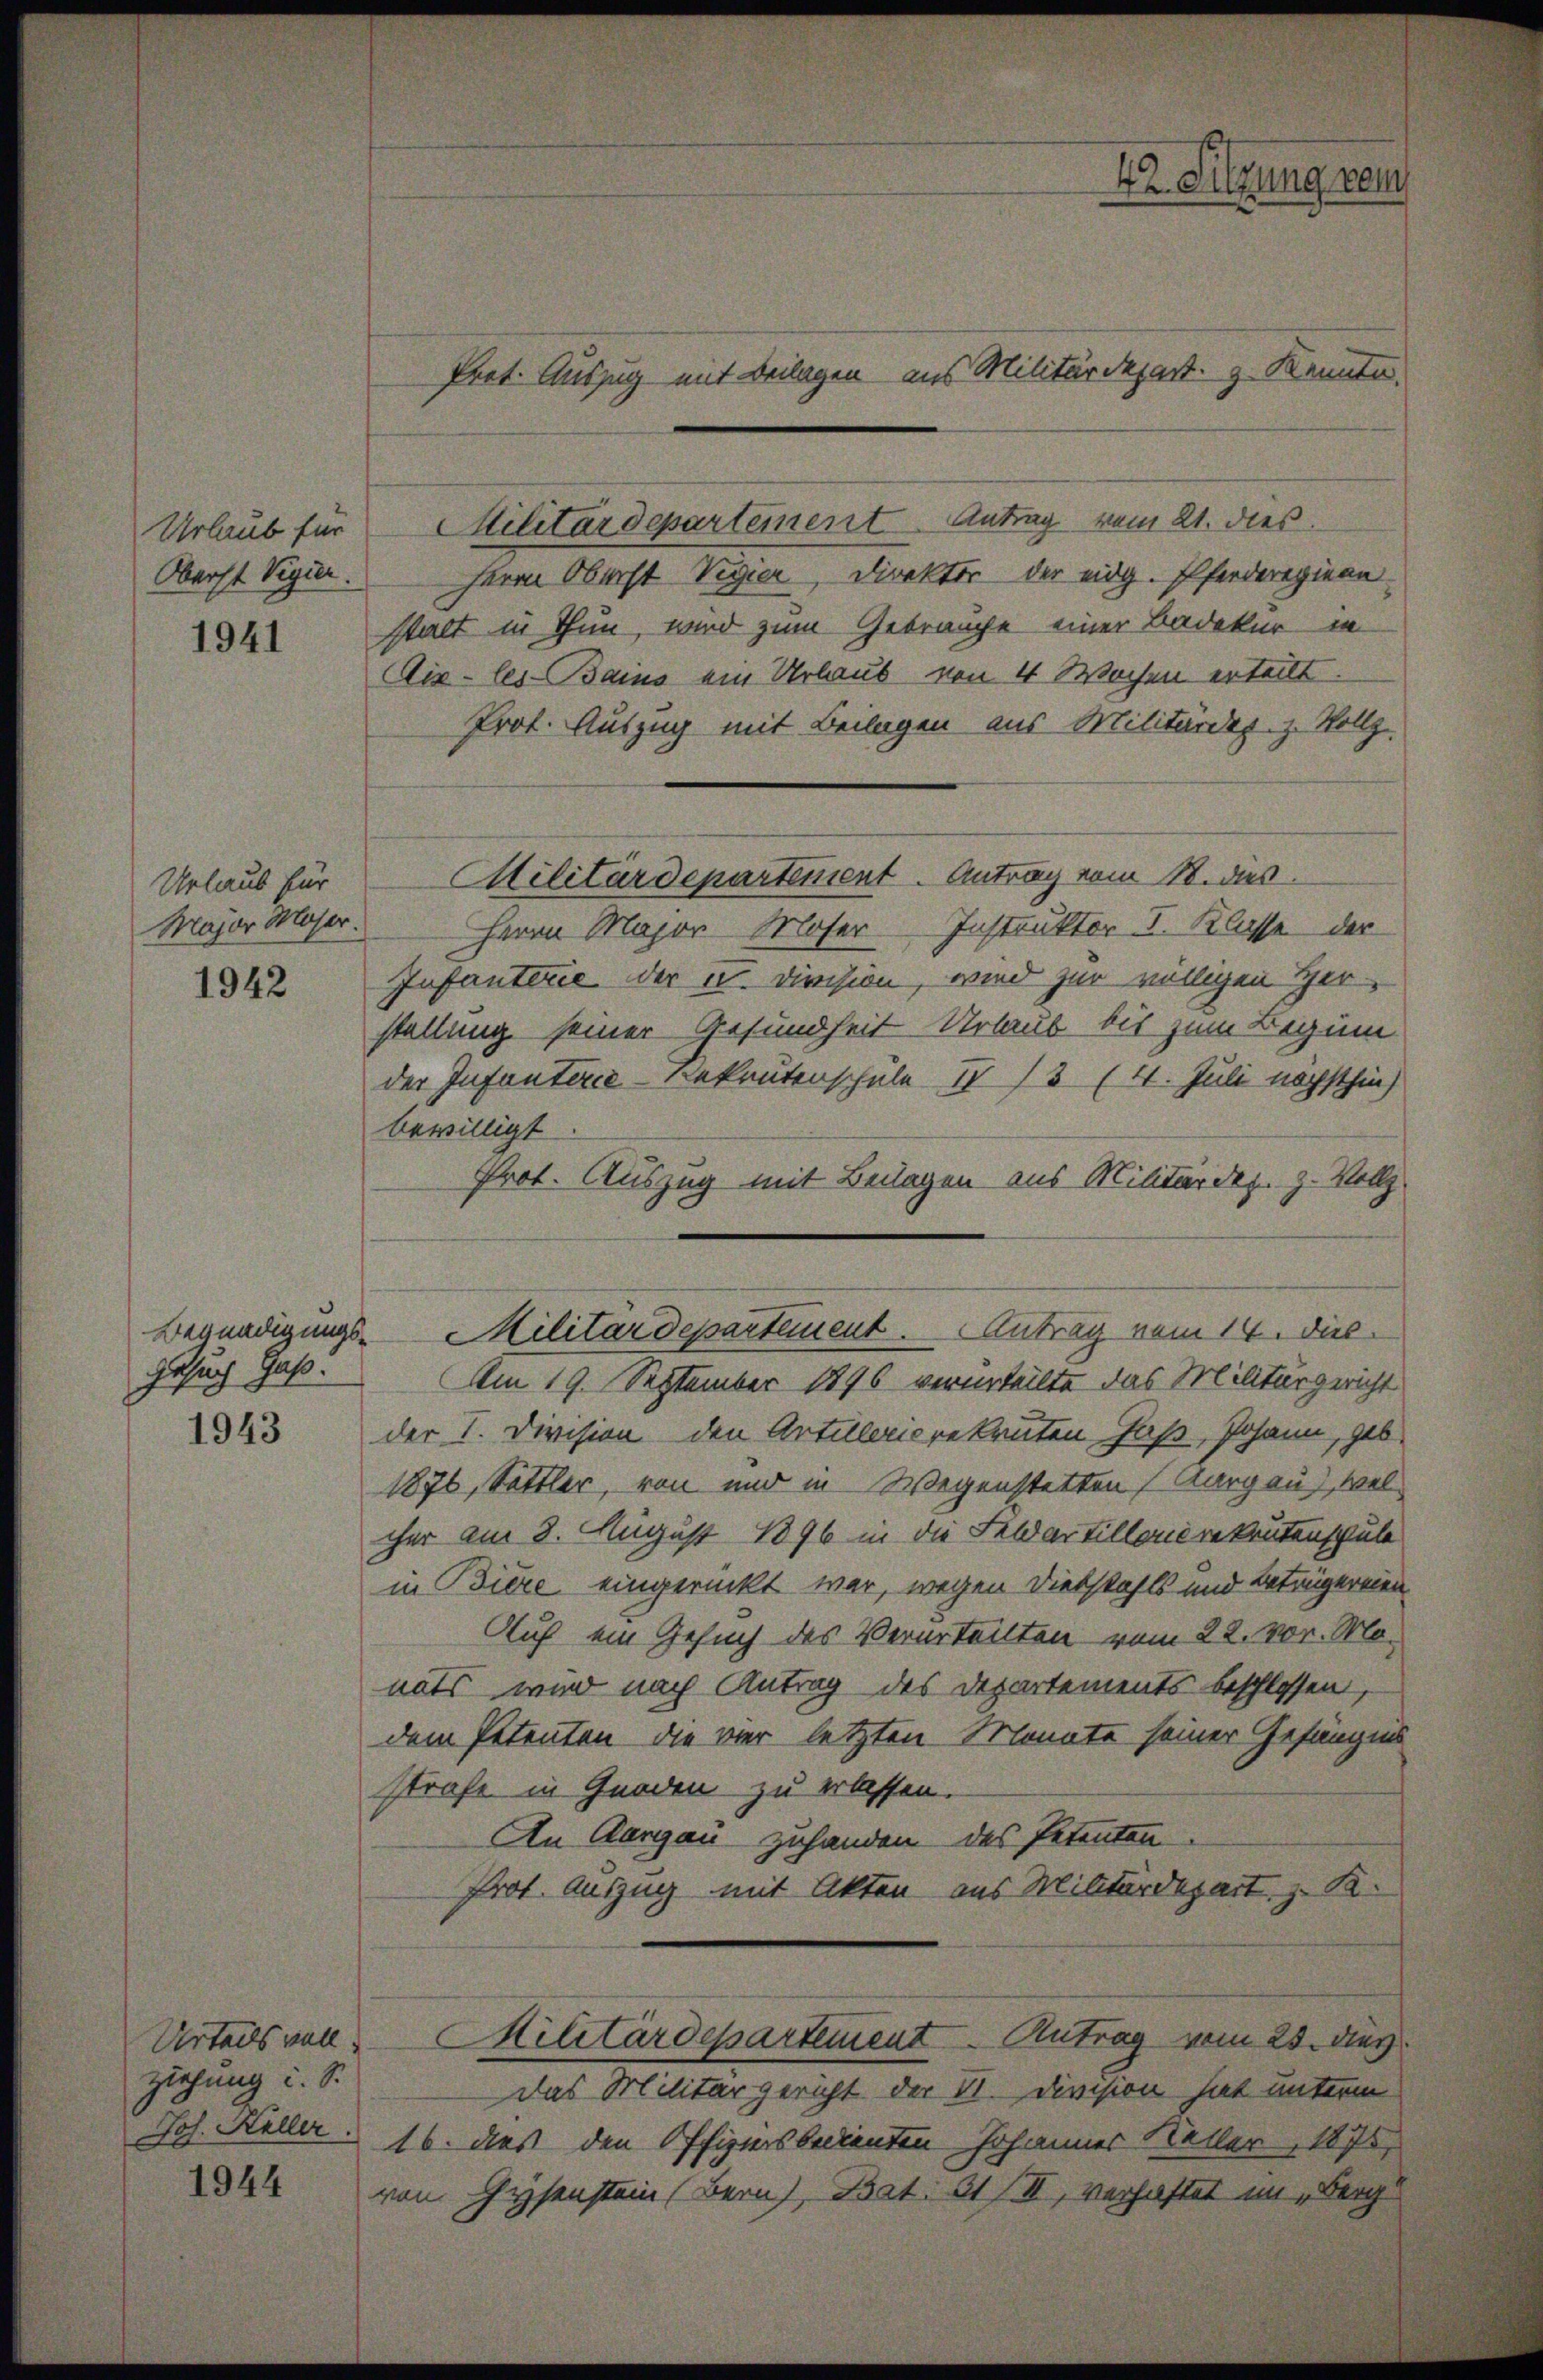
Oberst Vigier.

1941

Urlaub für
Major Moser.
1942

Gesuch Gaß:
1943

ziehung i. S.

1944

Urlaub für Militärdepartement Antrag vom 21. dies
Herrn Oberst Vigier, Direktor der eidg. Pferderegiern
stalt in Thun, wird zum Gebrauche einer Badekur in
Aix-les-Bains ein Urlaub von 4 Wochen erteilt.
Prot. Auszug mit Beilagen aus Militärdep. z. Vollz
Militärdepartement. Antrag vom 18. dies
Herrn Major Moser Instruktor. I. Klasse der
Infanterie der u. Division, wird zur völligen Her
stellung seiner Gesundheit Urlaub bis zum Beginn
der Infanterie-Rekrutenschule I 73 (4. Juli nächsthin
bewilligt.
Prot. Auszug mit Beilagen aus Militärdez. z. Vollz
Begnadigungs- Militärdepartement. Antrag vom 14. dies
Am 19. September 1896 verurteilte das Militärgericht
der I. Division den Artillerierekruten Faß, Johann, geb.
1876, Sattler, von und in Wegenstetten (Aargau, welcher am 8. August 1896 in die Feldartillandrekrutenschule
in Biere eingerückt war, wegen Diebstahls und Betrügereien
Auf ein Gesuch des Verurteilten vom 22. vor. Monats wird nach Antrag des Departements beschlossen,
dem Petenten, die vier letzten Monate seiner Gefängnis
strafe in Gnaden zu erlassen.
An Aargau zuhanden des Petenten
Prot. Auszug mit Akten aus Militärdepart, z. K.
Urteils voll Militärdepartement Antrag vom 23. dies
das Militärgericht der St. Division hat unterm
Joh. Keller 16. dies den Offiziersbedienten Johannes Keller, 1875,
von Hysenstein (Bern, Bat. 61 (III, verhaftet im Berg

Prot. Auszug mit Beilagen aus Militärdepart. z. Kenntn

Hr. Sitzung neu